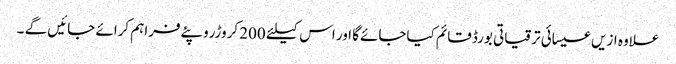
علاوہ ازیں عیسائی ترقیاتی بورڈ قائم کیاجائےگا اور اس کیلئے 200 کروڑروپئےفراہم کرائے جائیں گے ۔